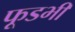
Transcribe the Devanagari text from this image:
फूडभी